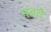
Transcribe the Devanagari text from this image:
नबवे